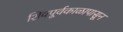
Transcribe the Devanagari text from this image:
शिवपूर्वकाळापासून